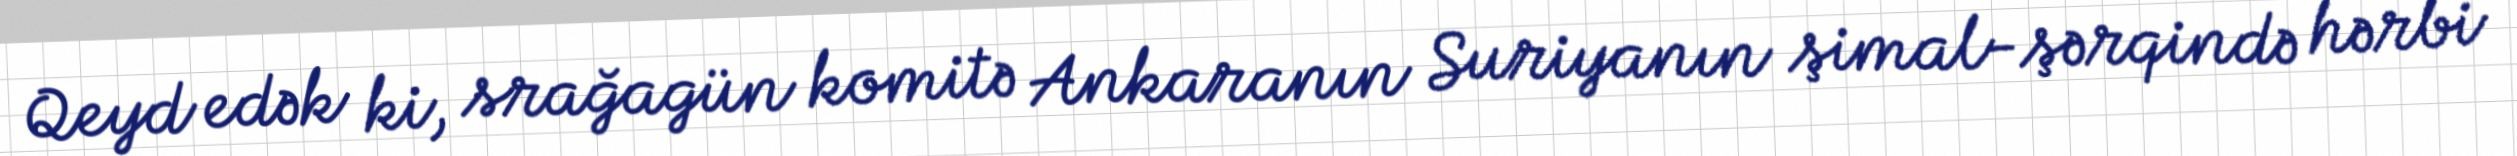
Qeyd edək ki, srağagün komitə Ankaranın Suriyanın şimal-şərqində hərbi